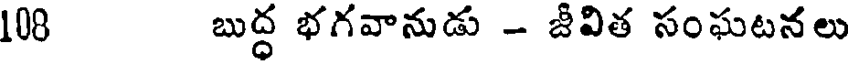
108 బుద్ధ భగవానుడు - జీవిత సంఘటనలు